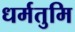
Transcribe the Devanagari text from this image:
धर्मतुमि